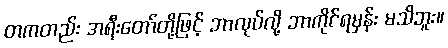
တကတည်း အရီးတော်တို့ဖြင့် ဘာလုပ်လို့ ဘာကိုင်ရမှန်း မသိဘူး။